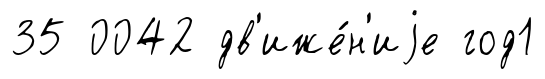
35 0042 дв'иже́н'иjе год1